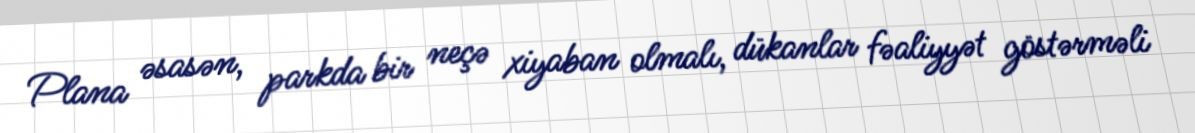
Plana əsasən, parkda bir neçə xiyaban olmalı, dükanlar fəaliyyət göstərməli